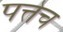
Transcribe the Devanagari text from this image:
पत्तेच